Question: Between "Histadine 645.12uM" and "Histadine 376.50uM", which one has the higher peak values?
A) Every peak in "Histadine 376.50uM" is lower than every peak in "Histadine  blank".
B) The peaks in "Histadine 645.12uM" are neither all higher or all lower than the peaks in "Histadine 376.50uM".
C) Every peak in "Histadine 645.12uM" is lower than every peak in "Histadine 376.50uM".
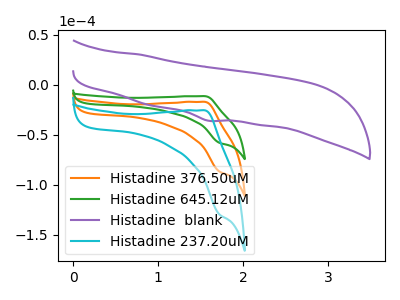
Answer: <think>The orange curve "Histadine 376.50uM" has an anodic peak at (1.55V, -17.15uA) and a cathodic peak at (1.70V, -86.85uA). The green curve "Histadine 645.12uM" has an anodic peak at (1.55V, -11.50uA) and a cathodic peak at (1.70V, -58.15uA). The purple curve "Histadine  blank" has a cathodic peak at: (1.60V, -36.05uA). The cyan curve "Histadine 237.20uM" has an anodic peak at (1.55V, -34.30uA) and a cathodic peak at (1.70V, -173.75uA).</think>
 <answer>B) The peaks in "Histadine 645.12uM" are neither all higher or all lower than the peaks in "Histadine 376.50uM".</answer>
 <eval>B</eval>